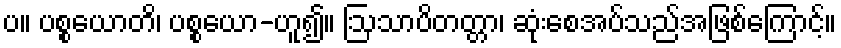
ပ။ ပစ္စယောတိ၊ ပစ္စယော-ဟူ၍။ ဩသာပိတတ္တာ၊ ဆုံးစေအပ်သည်အဖြစ်ကြောင့်။